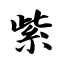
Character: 紫